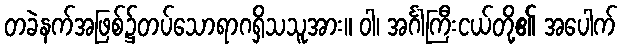
တခဲနက်အဖြစ်၌တပ်သောရာဂရှိသသူအား။ ဝါ၊ အင်္ဂါကြီးငယ်တို့၏ အပေါက်